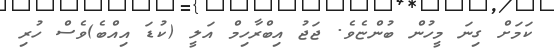
ކަމަށް ގިނަ މީހުން ބުންޏެވެ. ޖަޖު އިބްރާހިމް އަލީ (ކުޑަ އިއްބެ)ވެސް ހުރި